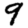
Digit: 9